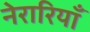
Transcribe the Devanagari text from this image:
नेरारियाँ